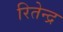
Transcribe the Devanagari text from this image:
रितेन्द्र